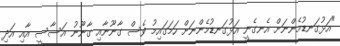
"އަޅުގަނޑުމެންނަށް އެނގެނީ އަޅުގަނޑުމެންނަށް ހަމަގައިމު ވެސް ގާނޫނާއި ގާނޫނު އަސާސީ އާއި އަދި